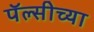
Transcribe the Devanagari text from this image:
पॅल्सीच्या